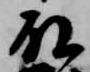
殿